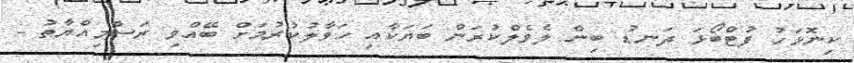
ކިނޮޅަހު ފުޓްބޯޅަ ދަނޑު ބިން ލެވެލްކުރަން ބަޔަކާއި ހަވާލުކުރުމަށް ބޭއްވި ރަސްމިއްޔާތު -